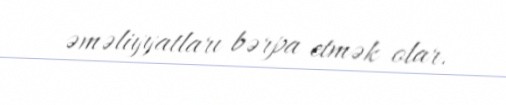
əməliyyatları bərpa etmək olar.